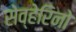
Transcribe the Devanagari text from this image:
सेव्हेरिनो